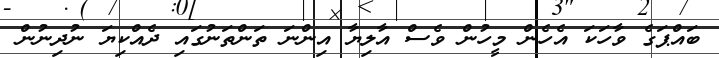
ބައްޕަގެ ވާހަކަ އެހެން މީހުން ވެސް އާލިޔާ އިންނަ ތަންތަނުގައި ދެއްކިޔަ ނުދިނުން